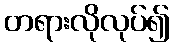
တရားလိုလုပ်၍